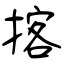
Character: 揢